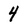
Character: 4